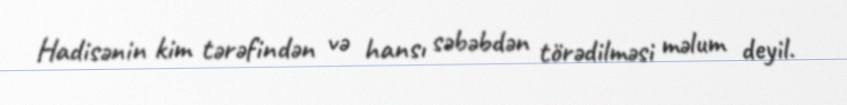
Hadisənin kim tərəfindən və hansı səbəbdən törədilməsi məlum deyil.